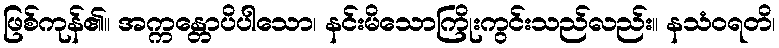
ဖြစ်ကုန်၏။ အက္ကန္တောပိပါသော၊ နင်းမိသောကြိုးကွင်းသည်လည်း။ နသံဝရတိ၊